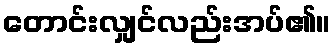
တောင်းလျှင်လည်းအပ်၏။